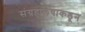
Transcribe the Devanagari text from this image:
संग्रहालयाकडून